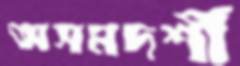
অসমদর্শী